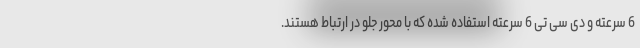
6 سرعته و دی سی تی 6 سرعته استفاده شده که با محور جلو در ارتباط هستند.